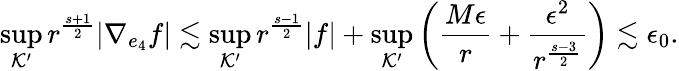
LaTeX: \operatorname*{sup}_{\mathcal{K}^{\prime}}r^{\frac{s+1}{2}}|\nabla_{e_{4}}f|\lesssim\operatorname*{sup}_{\mathcal{K}^{\prime}}r^{\frac{s-1}{2}}|f|+\operatorname*{sup}_{\mathcal{K}^{\prime}}\left(\frac{M\epsilon}{r}+\frac{\epsilon^{2}}{r^{\frac{s-3}{2}}}\right)\lesssim\epsilon_{0}.